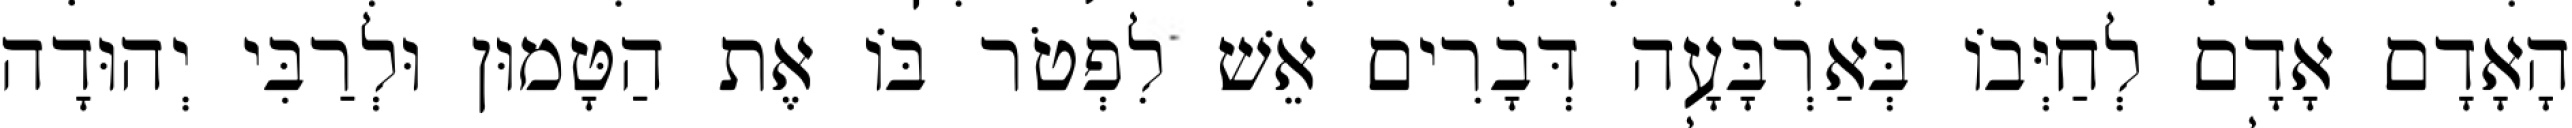
הָאָדָם אָדָם לְחַיְּבוֹ בְּאַרְבָּעָה דְּבָרִים אֵשׁ לִפְטֹר בּוֹ אֶת הַטָּמוּן וּלְרַבִּי יְהוּדָה